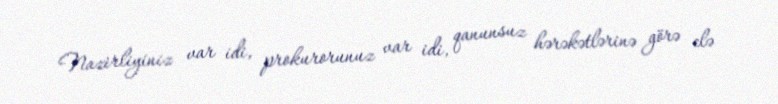
Nazirliyiniz var idi, prokurorunuz var idi, qanunsuz hərəkətlərinə görə elə